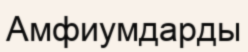
Амфиумдарды